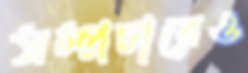
সম্প্রচারেও